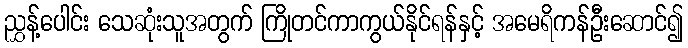
ညွှန့်ပေါင်း သေဆုံးသူအတွက် ကြိုတင်ကာကွယ်နိုင်ရန်နှင့် အမေရိကန်ဦးဆောင်၍